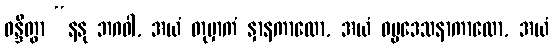
ဝန္ဒိတွာ “နနု ဘဂဝါ, အယံ တုမှာကံ နှာနကာလော, အယံ ဓမ္မဒေသနာကာလော, အယံ